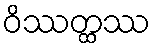
ဝိဿတ္ထဿ